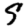
Digit: 9